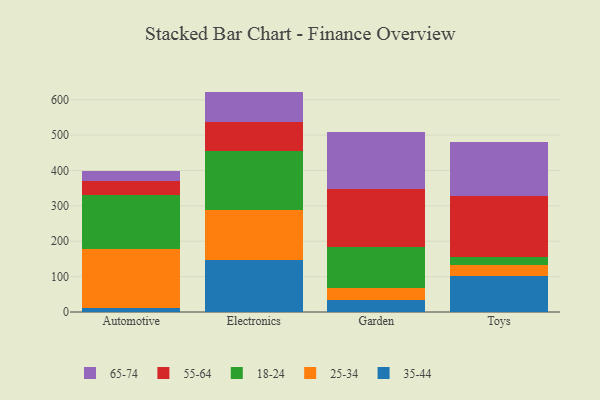
{"axis": {"x": "Category", "y": "Latency (ms)"}, "legend": ["18-24", "25-34", "35-44", "55-64", "65-74"], "data": [{"x": "Automotive", "y": 10.0, "type": "35-44"}, {"x": "Automotive", "y": 169.5, "type": "25-34"}, {"x": "Automotive", "y": 150.5, "type": "18-24"}, {"x": "Automotive", "y": 40.1, "type": "55-64"}, {"x": "Automotive", "y": 28.4, "type": "65-74"}, {"x": "Electronics", "y": 146.0, "type": "35-44"}, {"x": "Electronics", "y": 142.7, "type": "25-34"}, {"x": "Electronics", "y": 166.0, "type": "18-24"}, {"x": "Electronics", "y": 82.5, "type": "55-64"}, {"x": "Electronics", "y": 85.9, "type": "65-74"}, {"x": "Garden", "y": 34.0, "type": "35-44"}, {"x": "Garden", "y": 34.4, "type": "25-34"}, {"x": "Garden", "y": 114.1, "type": "18-24"}, {"x": "Garden", "y": 166.2, "type": "55-64"}, {"x": "Garden", "y": 161.3, "type": "65-74"}, {"x": "Toys", "y": 101.7, "type": "35-44"}, {"x": "Toys", "y": 32.1, "type": "25-34"}, {"x": "Toys", "y": 20.3, "type": "18-24"}, {"x": "Toys", "y": 175.2, "type": "55-64"}, {"x": "Toys", "y": 150.7, "type": "65-74"}]}